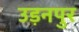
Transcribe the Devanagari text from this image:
उड़नपुर